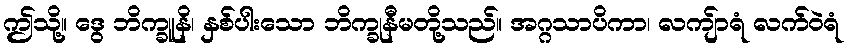
ဤသို့။ ဒွေ ဘိက္ခူနိ၊ နှစ်ပါးသော ဘိက္ခုနီမတို့သည်။ အဂ္ဂသာပိကာ၊ လကျ်ာရံ လက်ဝဲရံ